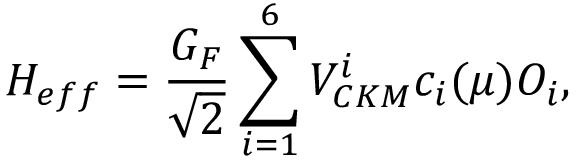
H _ { e f f } = { \frac { G _ { F } } { \sqrt 2 } } \sum _ { i = 1 } ^ { 6 } V _ { C K M } ^ { i } c _ { i } ( \mu ) O _ { i } ,